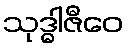
သုဒ္ဓါဇီဝေ